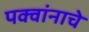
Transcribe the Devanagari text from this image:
पक्वांनाचे